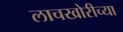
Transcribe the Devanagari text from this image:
लाचखोरीच्या